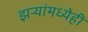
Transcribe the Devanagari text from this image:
झऱ्यांमध्येही